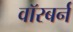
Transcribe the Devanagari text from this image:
वॉरबर्न